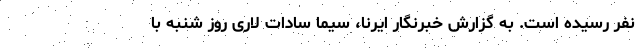
نفر رسیده است. به گزارش خبرنگار ایرنا، سیما سادات لاری روز شنبه با